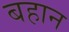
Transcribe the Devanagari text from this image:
बहान